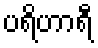
ပရိဟာရီ